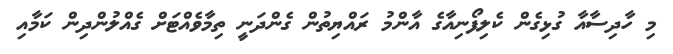
މި ހާދިސާއާ ގުޅިގެން ކެލިފޯނިއާގެ އާންމު ރައްޔިތުން ގެންދަނީ ތިމާވެއްޓަށް ގެއްލުންދިން ކަމާއި